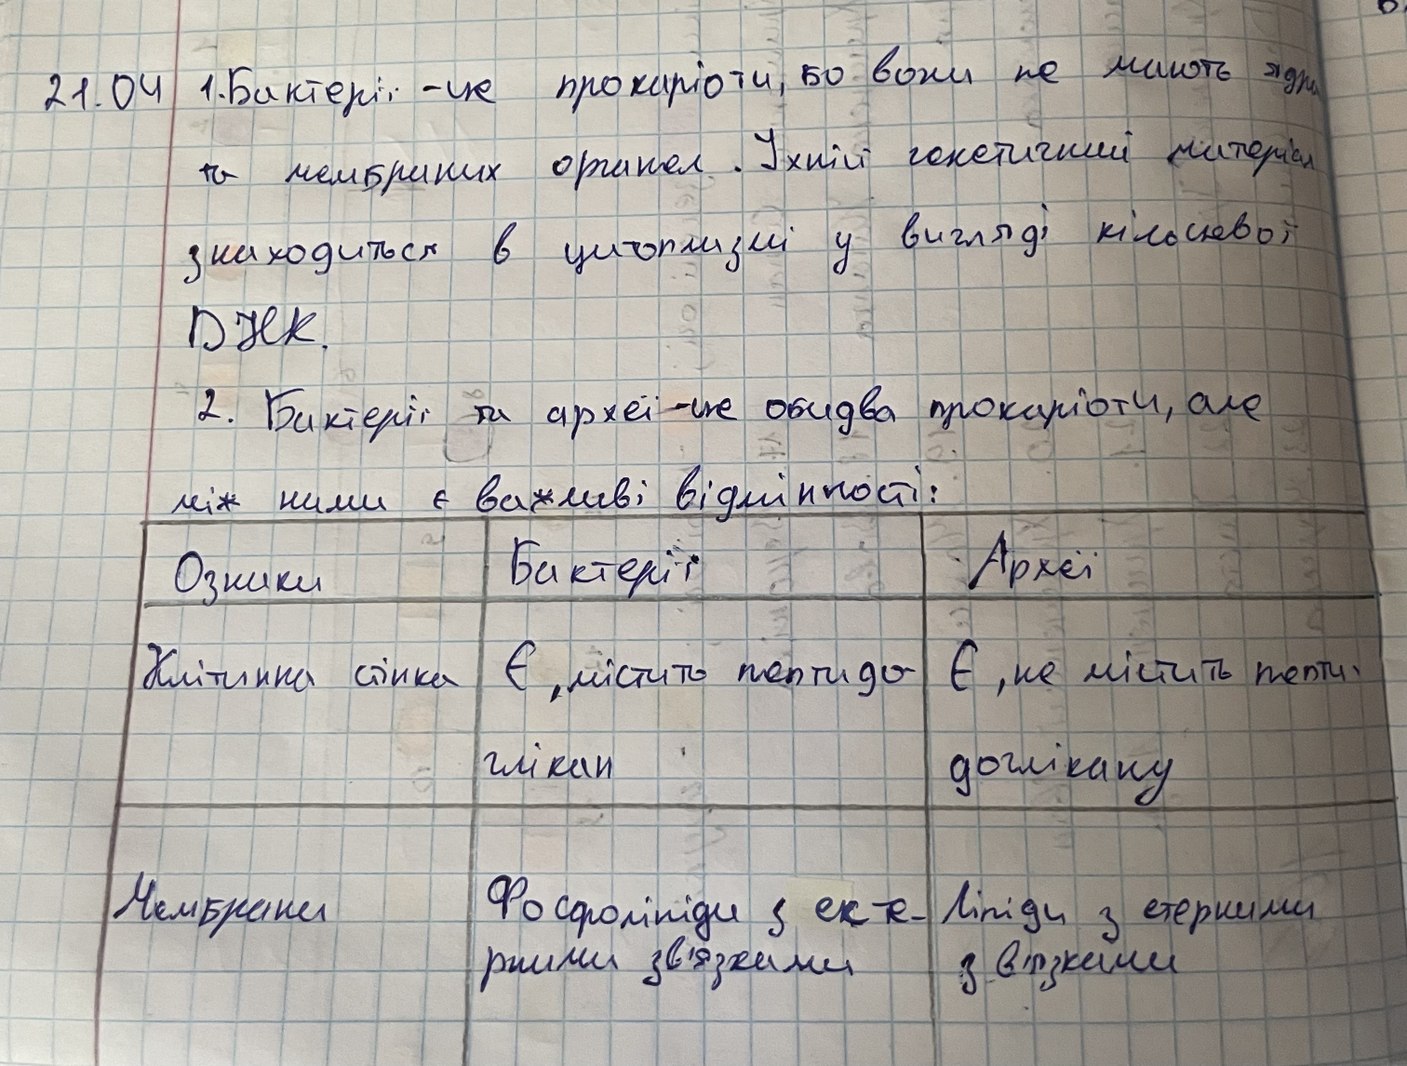
1. Бактерії - це прокаріоти, бо вони не мають ядра
21.04
та мембриних органел. Їхні генетичні матеріали
знаходиться в цитоплазмі у вигляді кільцевої
ДНК.
2. Бактерії та археї - це обидва прокаріоти, але
між ними є важливі відмінності:
Ознаки | Бактерії | Археї
Клітинна стінка | Є, містить пептидоглікан | Є, не містить пептидоглікану
Мембрани| Фосфоліпіди з ект-рними зв'зками| Ліпіди з етерними зв'язками